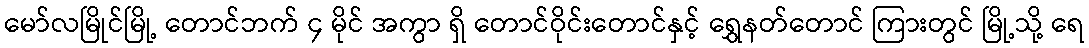
မော်လမြိုင်မြို့ တောင်ဘက် ၄ မိုင် အကွာ ရှိ တောင်ဝိုင်းတောင်နှင့် ရွှေနတ်တောင် ကြားတွင် မြို့သို့ ရေ